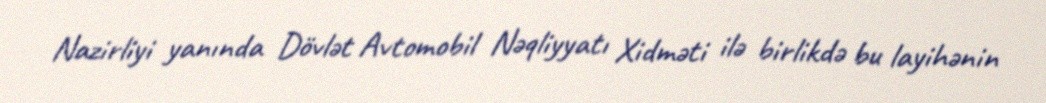
Nazirliyi yanında Dövlət Avtomobil Nəqliyyatı Xidməti ilə birlikdə bu layihənin